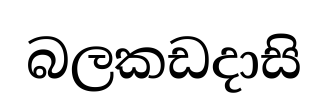
බලකඩදාසි